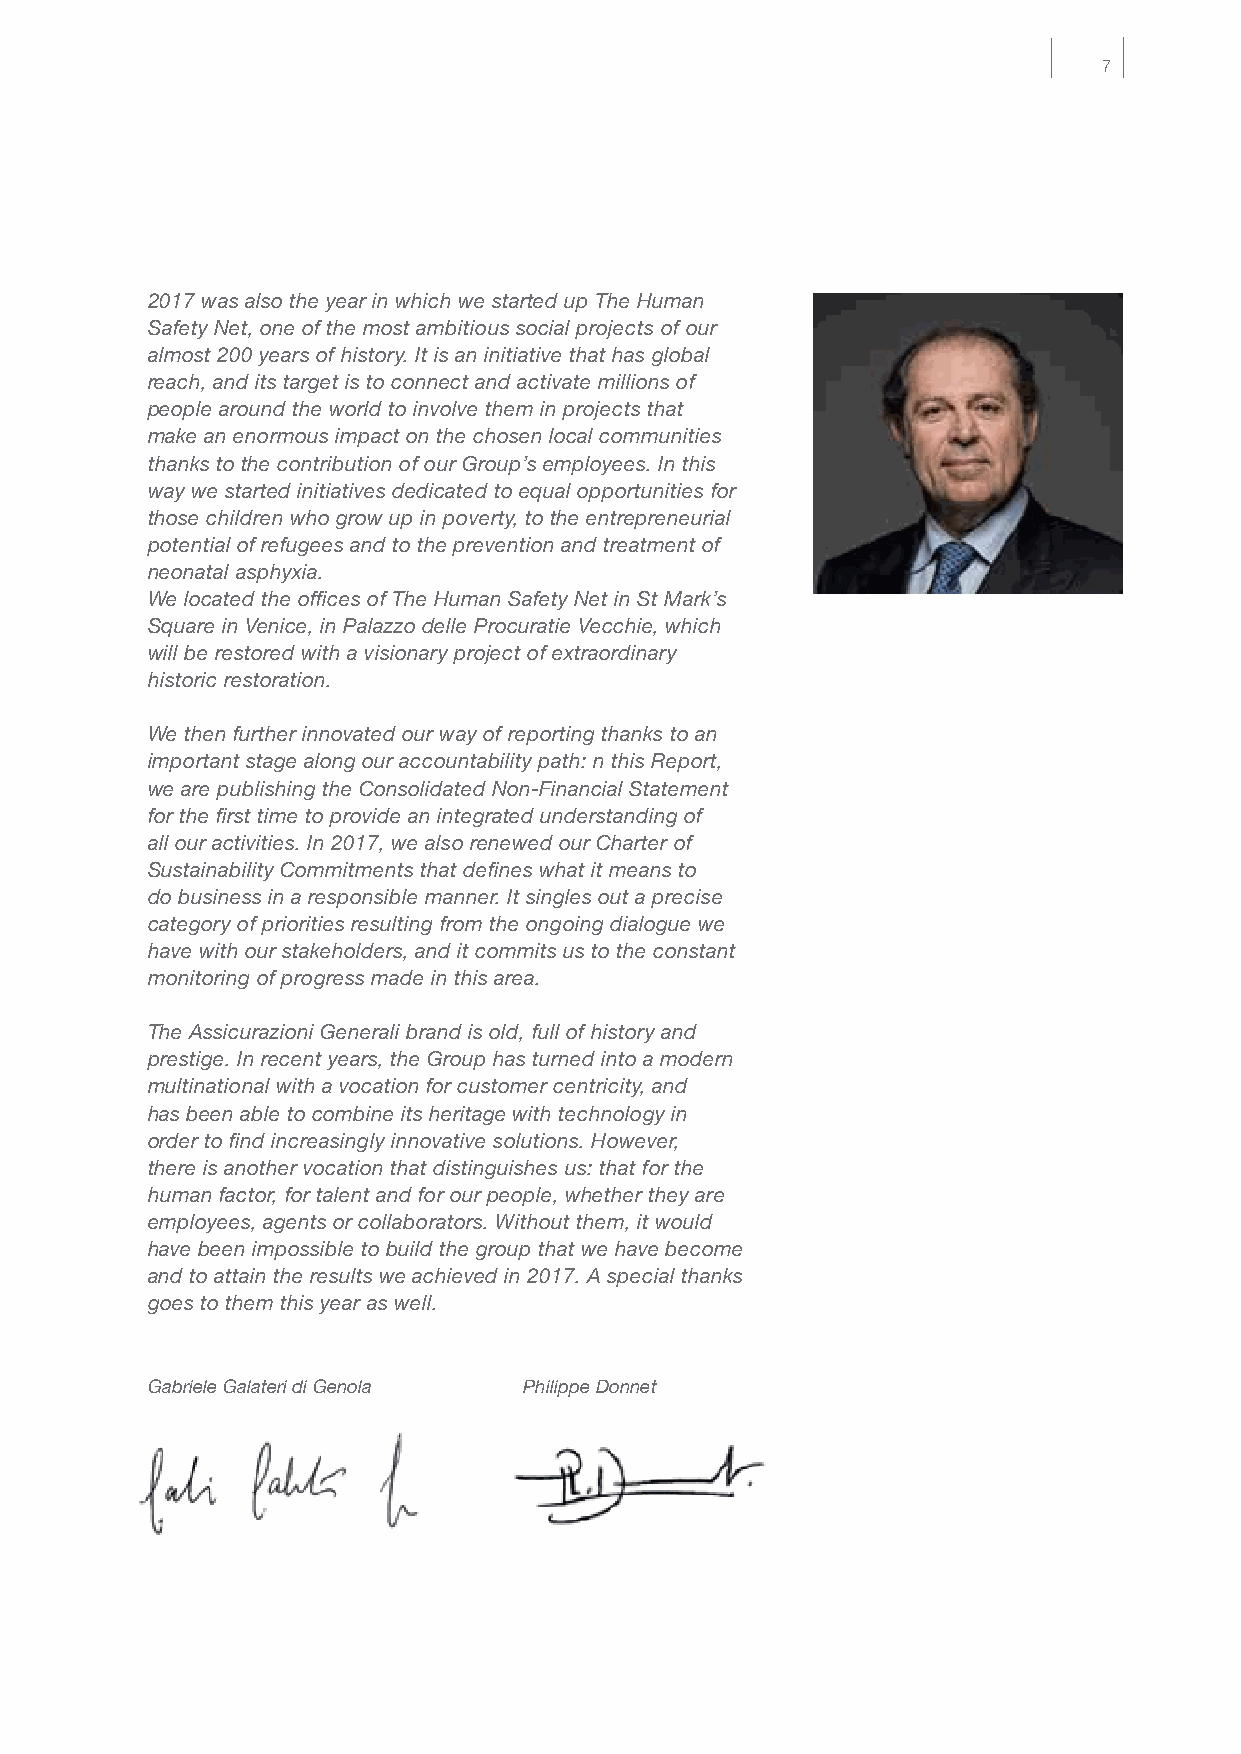
7
 2017 was also the year in which we started up The Human
 Safety Net, one of the most ambitious social projects of our
 almost 200 years of history. It is an initiative that has global
 reach, and its target is to connect and activate millions of
 people around the world to involve them in projects that
 make an enormous impact on the chosen local communities
 thanks to the contribution of our Group’s employees. In this
 way we started initiatives dedicated to equal opportunities for
 those children who grow up in poverty, to the entrepreneurial
 potential of refugees and to the prevention and treatment of
 neonatal asphyxia.
 We located the offices of The Human Safety Net in St Mark’s
 Square in Venice, in Palazzo delle Procuratie Vecchie, which
 will be restored with a visionary project of extraordinary
 historic restoration.
 We then further innovated our way of reporting thanks to an
 important stage along our accountability path: n this Report,
 we are publishing the Consolidated Non-Financial Statement
 for the first time to provide an integrated understanding of
 all our activities. In 2017, we also renewed our Charter of
 Sustainability Commitments that defines what it means to
 do business in a responsible manner. It singles out a precise
 category of priorities resulting from the ongoing dialogue we
 have with our stakeholders, and it commits us to the constant
 monitoring of progress made in this area.
 The Assicurazioni Generali brand is old, full of history and
 prestige. In recent years, the Group has turned into a modern
 multinational with a vocation for customer centricity, and
 has been able to combine its heritage with technology in
 order to find increasingly innovative solutions. However,
 there is another vocation that distinguishes us: that for the
 human factor, for talent and for our people, whether they are
 employees, agents or collaborators. Without them, it would
 have been impossible to build the group that we have become
 and to attain the results we achieved in 2017. A special thanks
 goes to them this year as well.
 Gabriele Galateri di Genola Philippe Donnet